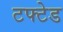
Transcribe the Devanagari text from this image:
टफ्टेड